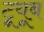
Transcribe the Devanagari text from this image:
टूयूब